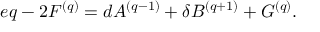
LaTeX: e q - 2 F ^ { ( q ) } = d A ^ { ( q - 1 ) } + \delta B ^ { ( q + 1 ) } + G ^ { ( q ) } .